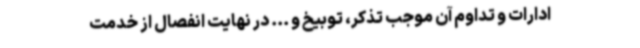
ادارات و تداوم آن موجب تذکر، توبیخ و ... در نهایت انفصال از خدمت